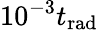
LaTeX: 10^{-3}t_{\mathrm{rad}}